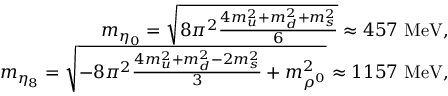
\begin{array} { r l r } & { } & { m _ { \eta _ { 0 } } = \sqrt { 8 \pi ^ { 2 } \frac { 4 m _ { u } ^ { 2 } + m _ { d } ^ { 2 } + m _ { s } ^ { 2 } } { 6 } } \approx 4 5 7 \ \mathrm { { M e V } } , } \\ & { } & { m _ { \eta _ { 8 } } = \sqrt { - 8 \pi ^ { 2 } \frac { 4 m _ { u } ^ { 2 } + m _ { d } ^ { 2 } - 2 m _ { s } ^ { 2 } } { 3 } + m _ { \rho ^ { 0 } } ^ { 2 } } \approx 1 1 5 7 \ { \mathrm { M e V } } , } \end{array}